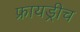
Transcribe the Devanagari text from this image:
फ्रायड्रीच